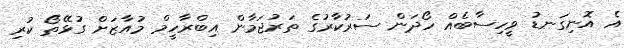
އެ އޮނިގަނޑު ވީހިސާބެއް ހޯދަން ސަރުކާރުގެ ތަރުޖަމާން އިބްރާހީމް މުއާޒަށް ގުޅޭތޯ ކުރި